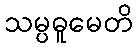
သမ္ပဓူမေတိ